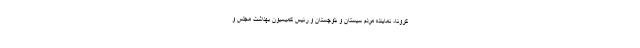
کرونا، نماینده مردم سیستان و بلوچستان و رئیس کمیسیون بهداشت مجلس و